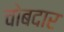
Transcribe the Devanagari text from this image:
चोबदार